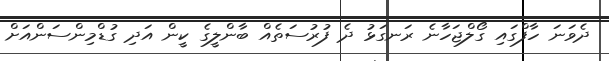
ދެވަނަ ހާފްގައި ގޯލްޖަހާނެ ރަނގަޅު ދެ ފުރުސަތެއް ބާންލީގެ ކީން އަދި ގުޑްމިންސަންއަށް